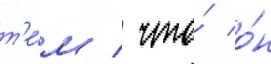
т'е́м / что́ о́н